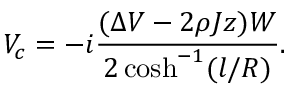
V _ { c } = - i \frac { ( \Delta V - 2 \rho J z ) W } { 2 \cosh ^ { - 1 } ( l / R ) } .